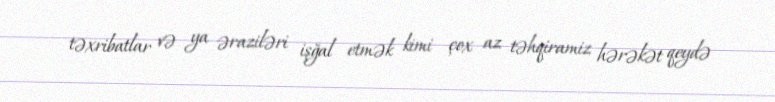
təxribatlar və ya əraziləri işğal etmək kimi çox az təhqiramiz hərəkət qeydə